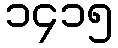
၁၄၁၅